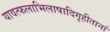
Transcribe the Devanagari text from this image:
यावत्फलाभिलाषादिगृहीतानां